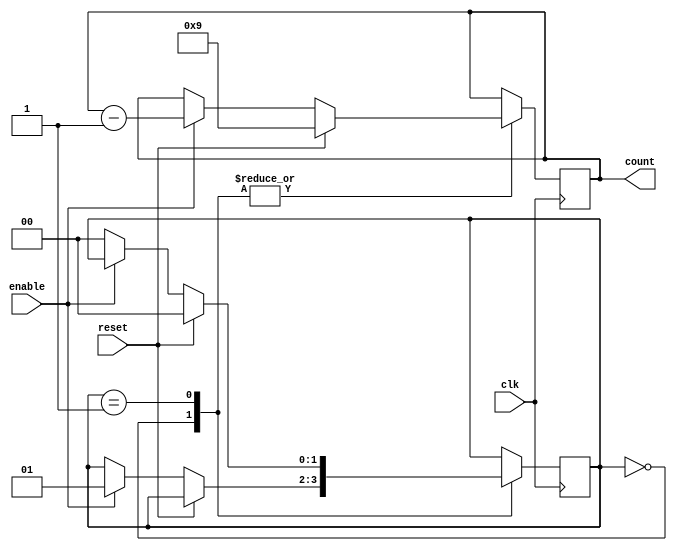
module BCD_Down_Counter (
    input wire clk,
    input wire reset,
    input wire enable,
    output reg [3:0] count // Assuming 4-bit BCD counter
);

// Parameter for initial value
parameter initial_value = 9; // Starting count from 9 in BCD format

// Define states for the counter
localparam IDLE = 2'b00;
localparam COUNTING = 2'b01;

// Define state variable
reg [1:0] state;

// Initialize count and state
initial begin
    count <= initial_value;
    state <= IDLE;
end

always @ (posedge clk) begin
    case (state)
        IDLE: begin
            if (reset) begin
                count <= initial_value;
            end else if (enable) begin
                count <= count - 1;
                state <= COUNTING;
            end
        end
        COUNTING: begin
            if (reset) begin
                count <= initial_value;
                state <= IDLE;
            end else if (enable) begin
                count <= count - 1;
            end else begin
                state <= IDLE;
            end
        end
    endcase
end

endmodule